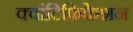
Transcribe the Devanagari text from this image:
क्वांटिफिकेशन